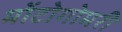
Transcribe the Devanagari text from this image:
मोंटोगोमरी